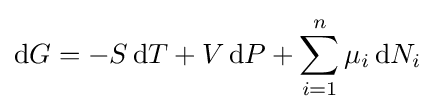
\mathrm {d} G=-S\,\mathrm {d} T+V\,\mathrm {d} P+\sum _{i=1}^{n}\mu _{i}\,\mathrm {d} N_{i}